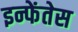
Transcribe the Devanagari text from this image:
इन्फेंतेस